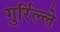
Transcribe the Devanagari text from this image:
गुर्रिल्ले